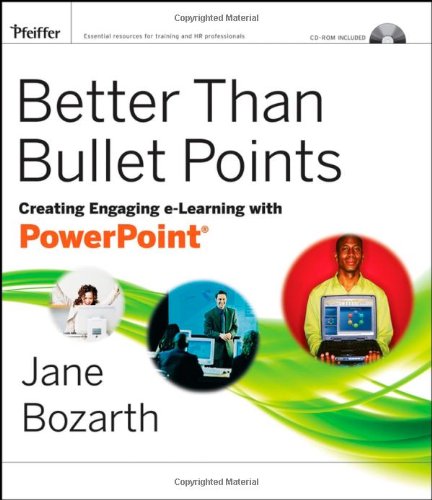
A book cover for Better Than Bullet Points: Creating Engaging e-Learning with PowerPoint; Jane Bozarth; Computers & Technology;